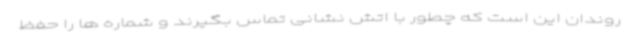
روندان این است که چطور با اتش نشانی تماس بگیرند و شماره ها را حفظ